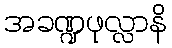
အခဏ္ဍဖုလ္လာနိ